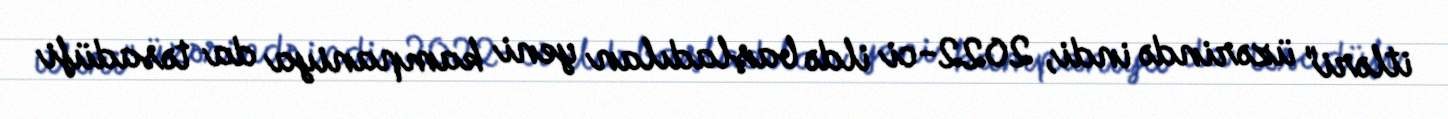
itləri" üzərində indi, 2022-ci ildə başladılan yeni kampaniya da təsadüfi